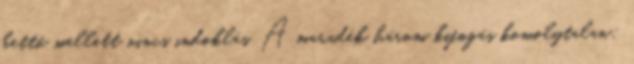
kettő mellett nincs indoklás. A maradék három kifogás komolytalan;